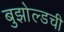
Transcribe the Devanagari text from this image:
बुझोल्डची